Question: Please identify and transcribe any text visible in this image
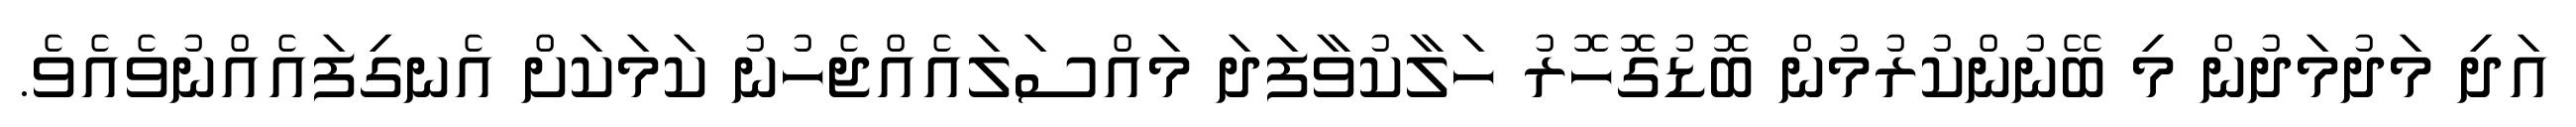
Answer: އަދި މަދުމަދުން މި ބޭނުންކުރުމުން ބޮޑުގޮހޮރު ހަލާކުވާފަދަ މައްސަލައެއްޖެހުނު ކަމަކަށް އެނގިފައެއްނުވެއެވެ.